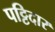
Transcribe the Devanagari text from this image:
पट्टिदार